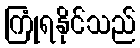
ကြုံရနိုင်သည်